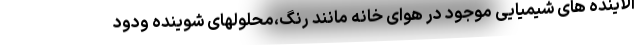
آلاینده های شیمیایی موجود در هوای خانه مانند رنگ،محلولهای شوینده ودود